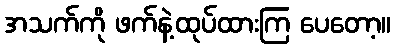
အသက်ကို ဖက်နဲ့ထုပ်ထားကြ ပေတော့။